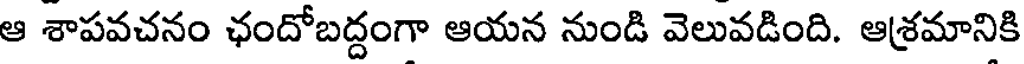
ఆ శాపవచనం ఛందోబద్దంగా ఆయన నుండి వెలువడింది. ఆశ్రమానికి